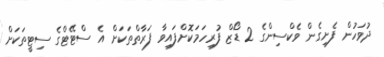
ދުވަހުން ފެށިގެން ވެކްސިންގެ 2 ޑޯޒް ފުރިހަމަކޮށްފައިވާ ފަރާތްތަކަށް އެ ސްޓޭޓްގެ ސިޓީތަކަށް